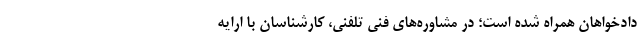
دادخواهان همراه شده است؛ در مشاوره‌های فنی تلفنی، کارشناسان با ارایه